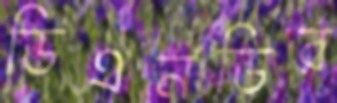
ডিএনডির